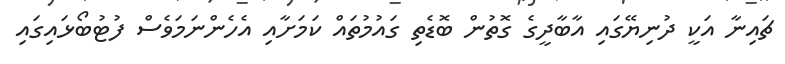
ޗައިނާ އަކީ ދުނިޔޭގައި އާބާދީގެ ގޮތުން ބޮޑެތި ގައުމުތައް ކަމަށާއި އެހެންނަމަވެސް ފުޓުބޯޅައިގައި